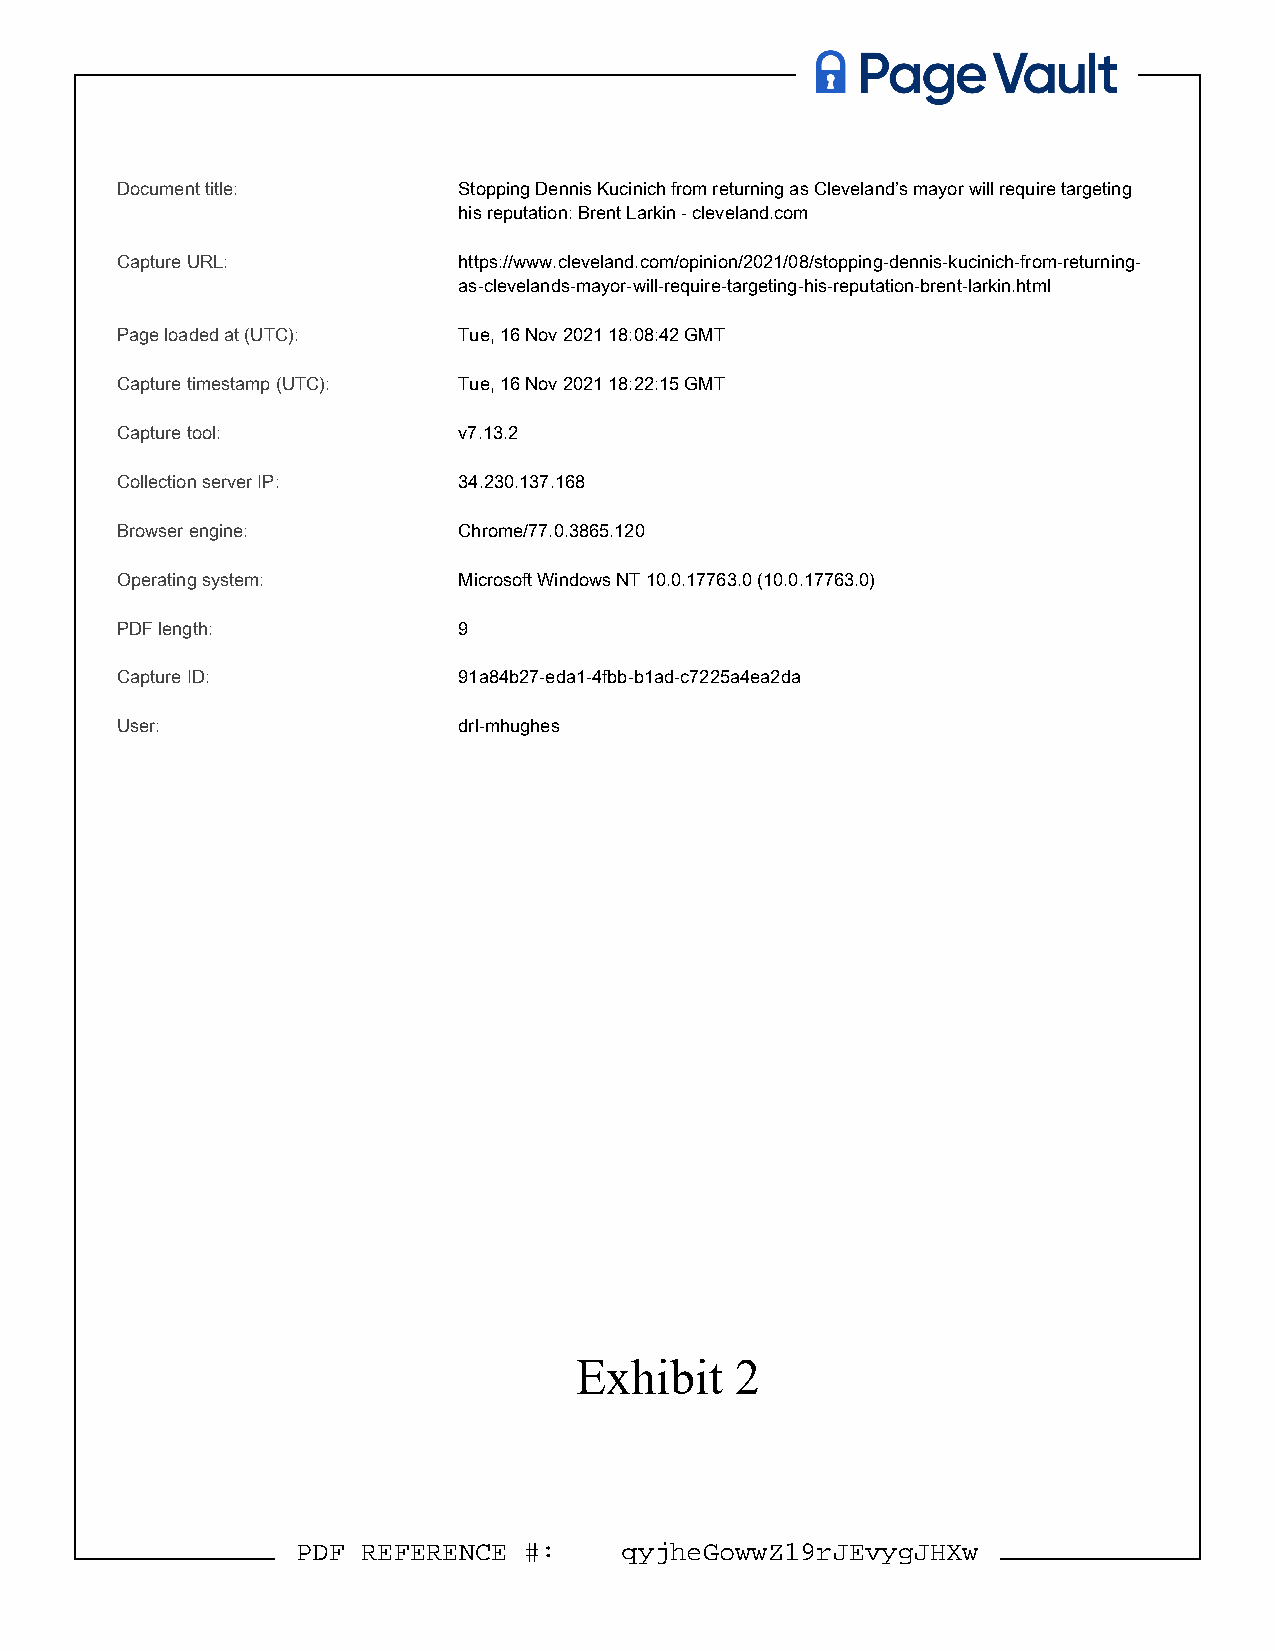
A   Page    Vault
 DDooccuummenetn t ttiittllee: : SSttooppppiningg DDeennninsis KKuuccininiicchh ffrroomm rreettuurrnniinngg aass CClleevveellaannd’ds’s mmaayyoro r wwilill l rreeqquuiriree ttaarrggeettiinngg
 hhiiss rreeppuutatatitioon:n : BBrreennt t LLaarrkkinin -- cclleevveellaanndd..ccoomm
 CCaapptuturere UURRL:L : hhttttppss::///w/wwwww..cclleevveellaanndd..ccoomm/o/opipniniioonn//2200212/10/80/8s/tsotopppipnign-gd-ednennisn-isk-ukcuicniincihc-hf-rforomm-r-erteutrunrinning-g -
 aass--cclleevveellaannddss--mmayaoyro-rw-iwlilll--rreeqquuiirree--ttaarrggeettiningg--hhisi-sr-erpeuputattaiotino-nb-rbernetn-tla-rlkairnk.hihnttmm.l l
 PPaaggee llooaaddeedd aatt ((UUTTCC):) : TTuue,e , 1166 NNoovv 2200221 1 1188::0088::4422 GGMMTT
 CCaapptuturere ttiimmeessttaammpp ((UUTTCC):) : TTuue,e , 1166 NNoovv 2200221 1 1188::2222::1155 GGMMTT
 CCaapptuturere ttooool:l : vv77..1133.2.2
 CCoolllleecctitioonn sseerrvveer r IIPP: : 3344..223300..113377..116688
 BBrroowwssere r eenngginine:e : CChhrroomme/e7/77.70.0..33886655.1.12200
 OOppereartaitningg ssyysstteemm: : MMiiccrroossofotf t WWiinnddoowws s NNTT 1100..00..1177776633.0.0 ((1100..00..117777663.30.)0 )
 PPDDFF lleennggthth: : 99
 CCaapptuturere IIDD: : 9911aa8844bb2277--eeddaa11--44ffbbbb--bb11aadd--cc77222255aa44eeaa22dda a
 UUssere:r :           ddrrll--mmhhuugghheess
 Exhibit    2
 PPDDFF RREEFFEERREENNCCEE ##: : qqyyj jhheeGGoowwwwZZ191r9 rJEJEvvyyggJJHHXXww